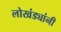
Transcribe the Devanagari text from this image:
लोखंड्यांनी